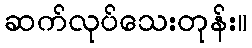
ဆက်လုပ်သေးတုန်း။